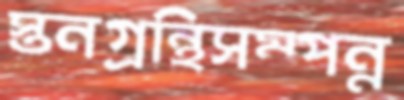
স্তনগ্রন্থিসম্পন্ন